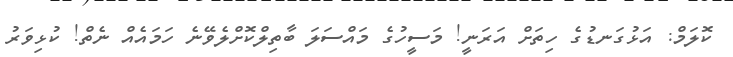
ކޮލަމް: އަޅުގަނޑުގެ ހިތަށް އަރަނީ! މަސީހުގެ މައްސަލަ ބާތިލްކޮށްލެވޭނެ ހަމައެއް ނެތް! ކުޅިވަރު